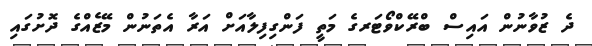
ދެ ޒުވާނުން އައިސް ބްރޭކްވޯޓަރގެ މަތީ ފަންގިފިލާއަށް އަރާ އެތަނުން މޭޒެއްގެ ދޮށުގައި